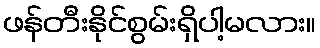
ဖန်တီးနိုင်စွမ်းရှိပါ့မလား။